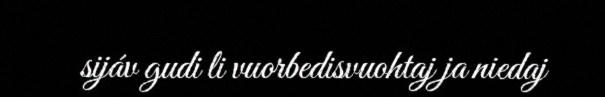
sijáv gudi li vuorbedisvuohtaj ja niedaj